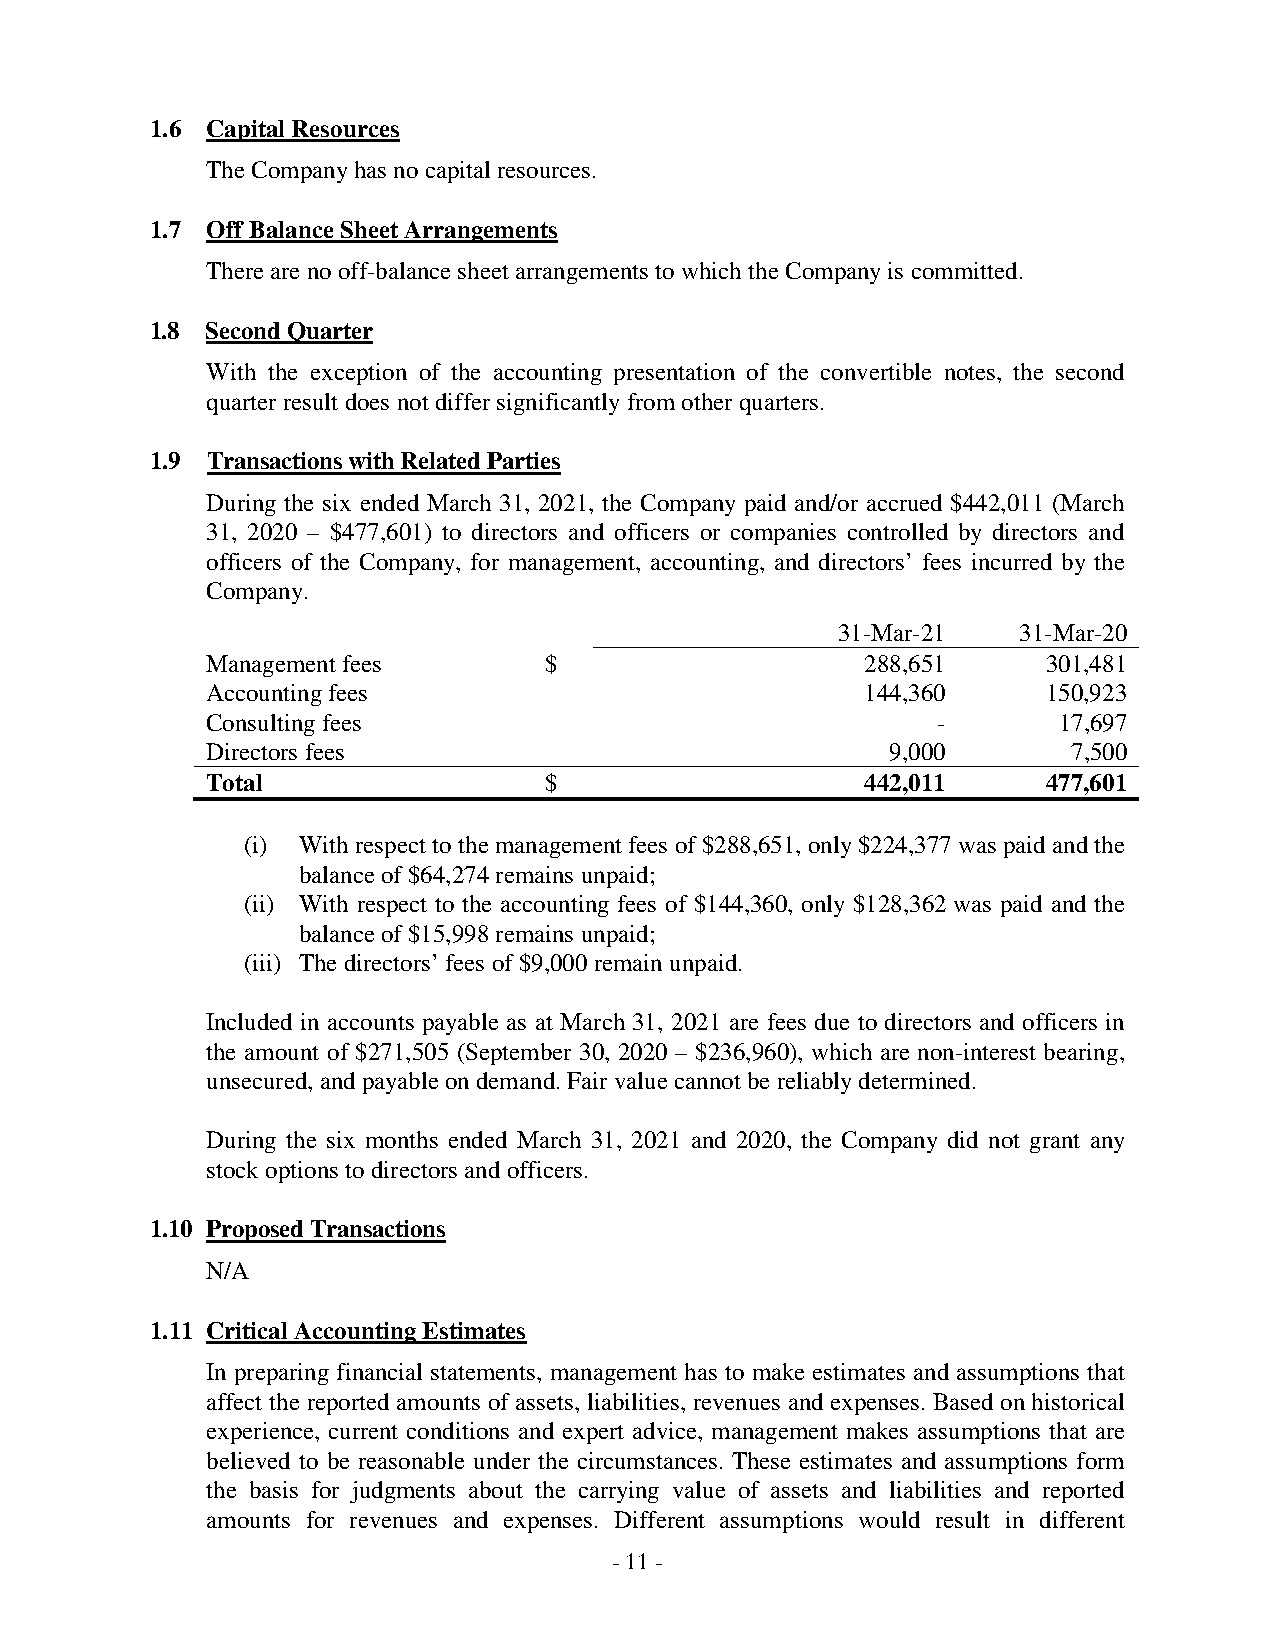
1.6 Capital Resources
 The Company has no capital resources.
 1.7 Off Balance Sheet Arrangements
 There are no off-balance sheet arrangements to which the Company is committed.
 1.8 Second Quarter
 With the exception of the accounting presentation of the convertible notes, the second
 quarter result does not differ significantly from other quarters.
 1.9 Transactions with Related Parties
 During the six ended March 31, 2021, the Company paid and/or accrued $442,011 (March
 31, 2020 – $477,601) to directors and officers or companies controlled by directors and
 officers of the Company, for management, accounting, and directors’ fees incurred by the
 Company.
 31-Mar-21   31-Mar-20
 Management fees       $                    288,651     301,481
 Accounting fees                            144,360     150,923
 Consulting fees                                 -       17,697
 Directors fees                               9,000       7,500
 Total                 $                    442,011     477,601
 (i) With respect to the management fees of $288,651, only $224,377 was paid and the
 balance of $64,274 remains unpaid;
 (ii) With respect to the accounting fees of $144,360, only $128,362 was paid and the
 balance of $15,998 remains unpaid;
 (iii) The directors’ fees of $9,000 remain unpaid.
 Included in accounts payable as at March 31, 2021 are fees due to directors and officers in
 the amount of $271,505 (September 30, 2020 – $236,960), which are non-interest bearing,
 unsecured, and payable on demand. Fair value cannot be reliably determined.
 During the six months ended March 31, 2021 and 2020, the Company did not grant any
 stock options to directors and officers.
 1.10 Proposed Transactions
 N/A
 1.11 Critical Accounting Estimates
 In preparing financial statements, management has to make estimates and assumptions that
 affect the reported amounts of assets, liabilities, revenues and expenses. Based on historical
 experience, current conditions and expert advice, management makes assumptions that are
 believed to be reasonable under the circumstances. These estimates and assumptions form
 the basis for judgments about the carrying value of assets and liabilities and reported
 amounts for revenues and expenses. Different assumptions would result in different
 - 11 -